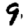
Digit: 9